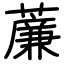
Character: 薕